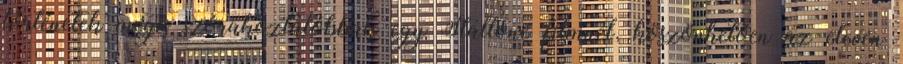
történetek mégis szórakoztatóbbak egy Stallone filmnél, köszönhetően az eleven